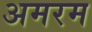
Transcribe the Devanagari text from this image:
अमरम